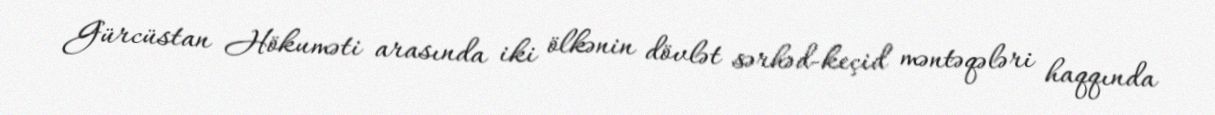
Gürcüstan Hökuməti arasında iki ölkənin dövlət sərhəd-keçid məntəqələri haqqında